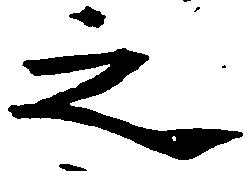
之